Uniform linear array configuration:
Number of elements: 48
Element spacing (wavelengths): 0.75
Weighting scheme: kaiser
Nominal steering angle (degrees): -15
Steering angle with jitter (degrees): -14.725
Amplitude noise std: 0.05
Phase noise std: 0.05

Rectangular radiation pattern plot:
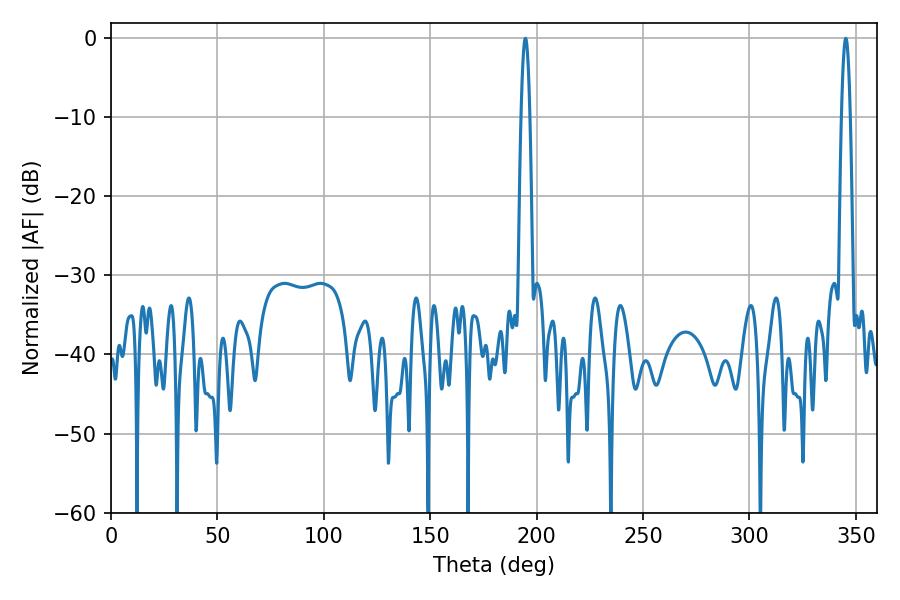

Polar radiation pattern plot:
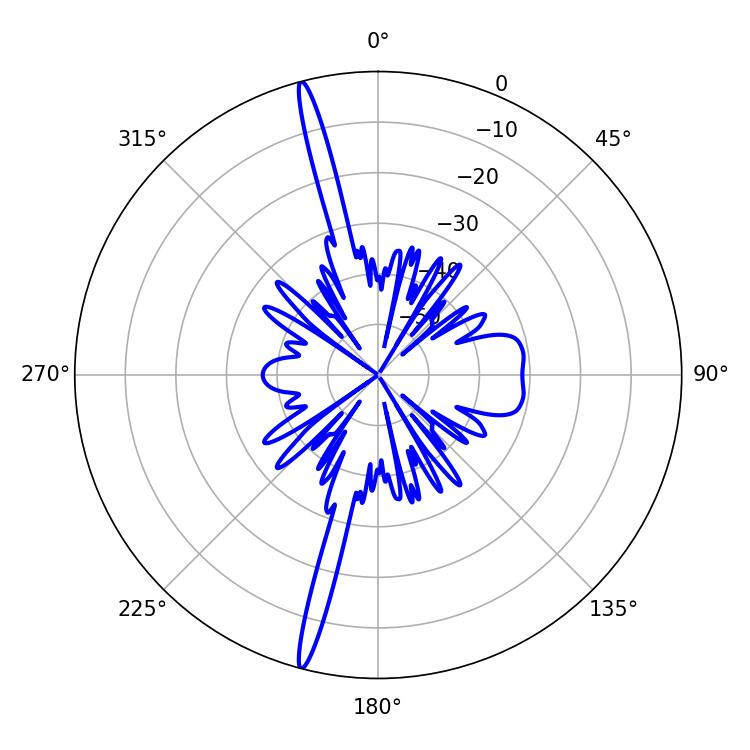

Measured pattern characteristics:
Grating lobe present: TRUE
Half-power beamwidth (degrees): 2.16
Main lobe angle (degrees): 194.76